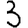
Digit: 3